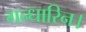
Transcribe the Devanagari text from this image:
गन्धारिन।